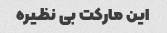
این مارکت بی نظیره